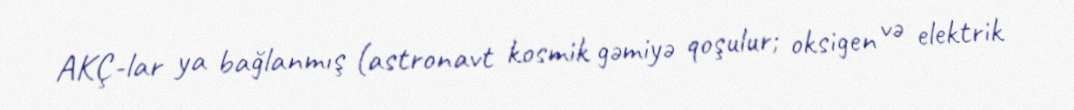
AKÇ-lar ya bağlanmış (astronavt kosmik gəmiyə qoşulur; oksigen və elektrik